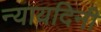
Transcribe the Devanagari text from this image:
न्यायदिनी